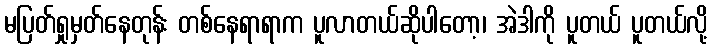
မပြတ်ရှုမှတ်နေတုန်း တစ်နေရာရာက ပူလာတယ်ဆိုပါတော့၊ အဲဒါကို ပူတယ် ပူတယ်လို့